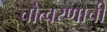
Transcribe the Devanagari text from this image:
चौत्वरणाची